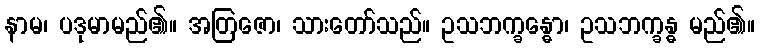
နာမ၊ ပဒုမာမည်၏။ အတြဇော၊ သားတော်သည်။ ဥသဘက္ခန္ဓော၊ ဥသဘက္ခန္ဓ မည်၏။